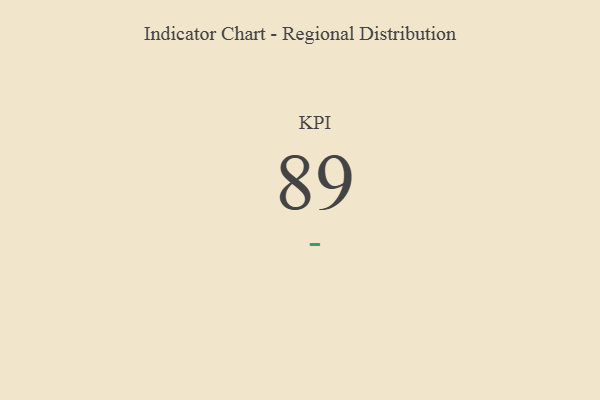
{"axis": {"x": "KPI", "y": "Value"}, "legend": [""], "data": [{"x": "KPI", "y": 89, "type": ""}]}